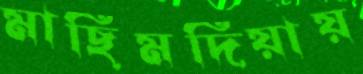
মাছিমদিয়ায়